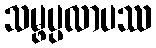
သမ္ဖပ္ပလာပဿ